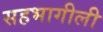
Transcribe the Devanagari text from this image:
सहभागीली